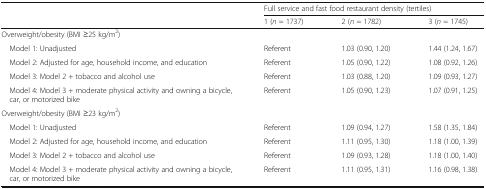
<table><thead><tr><td rowspan="2"></td><td colspan="3"><b>Full service and fast food restaurant density (tertiles)</b></td></tr><tr><td><b>1 (<i>n</i> = 1737)</b></td><td><b>2 (<i>n</i> = 1782)</b></td><td><b>3 (<i>n</i> = 1745)</b></td></tr></thead><tbody><tr><td colspan="4">Overweight/obesity (BMI ≥25 kg/m<sup>2</sup>)</td></tr><tr><td> Model 1: Unadjusted</td><td>Referent</td><td>1.03 (0.90, 1.20)</td><td>1.44 (1.24, 1.67)</td></tr><tr><td> Model 2: Adjusted for age, household income, and education</td><td>Referent</td><td>1.05 (0.90, 1.22)</td><td>1.08 (0.92, 1.26)</td></tr><tr><td> Model 3: Model 2 + tobacco and alcohol use</td><td>Referent</td><td>1.03 (0.88, 1.20)</td><td>1.09 (0.93, 1.27)</td></tr><tr><td> Model 4: Model 3 + moderate physical activity and owning a bicycle, car, or motorized bike</td><td>Referent</td><td>1.05 (0.90, 1.23)</td><td>1.07 (0.91, 1.25)</td></tr><tr><td colspan="4">Overweight/obesity (BMI ≥23 kg/m<sup>2</sup>)</td></tr><tr><td> Model 1: Unadjusted</td><td>Referent</td><td>1.09 (0.94, 1.27)</td><td>1.58 (1.35, 1.84)</td></tr><tr><td> Model 2: Adjusted for age, household income, and education</td><td>Referent</td><td>1.11 (0.95, 1.30)</td><td>1.18 (1.00, 1.39)</td></tr><tr><td> Model 3: Model 2 + tobacco and alcohol use</td><td>Referent</td><td>1.09 (0.93, 1.28)</td><td>1.18 (1.00, 1.40)</td></tr><tr><td> Model 4: Model 3 + moderate physical activity and owning a bicycle, car, or motorized bike</td><td>Referent</td><td>1.11 (0.95, 1.31)</td><td>1.16 (0.98, 1.38)</td></tr></tbody></table>